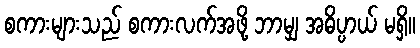
စကားများသည် စကားလက်အဖို့ ဘာမျှ အဓိပ္ပာယ် မရှိ။